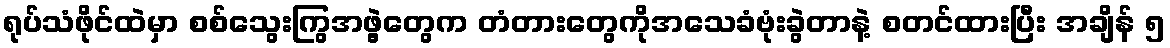
ရုပ်သံဖိုင်ထဲမှာ စစ်သွေးကြွအဖွဲ့တွေက တံတားတွေကိုအသေခံဗုံးခွဲတာနဲ့ စတင်ထားပြီး အချိန် ၅